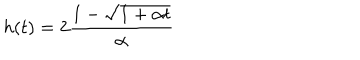
h ( t ) = 2 { \frac { 1 - \sqrt { 1 + \alpha t } } { \alpha } }